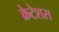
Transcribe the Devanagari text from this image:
क्रेटेशस